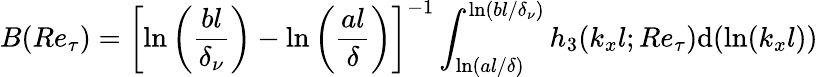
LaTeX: B(Re_{\tau})=\left[\ln\left(\frac{bl}{\delta_{\nu}}\right)-\ln\left(\frac{al}{\delta}\right)\right]^{-1}\int_{\ln(al/\delta)}^{\ln(bl/\delta_{\nu})}h_{3}(k_{x}l;Re_{\tau})\mathrm{d}(\ln(k_{x}l))